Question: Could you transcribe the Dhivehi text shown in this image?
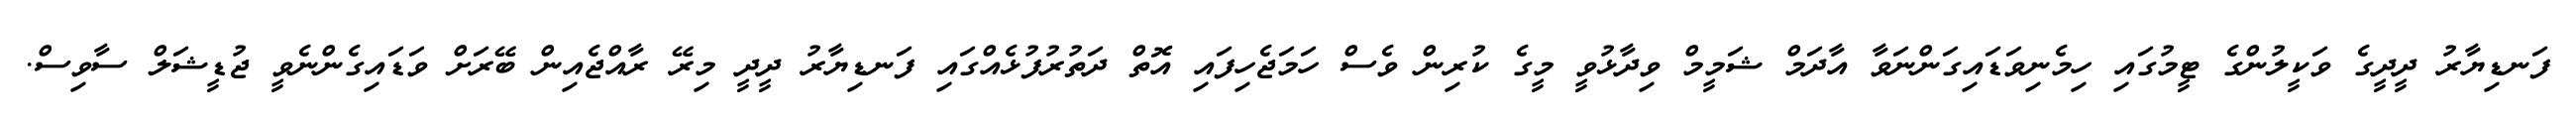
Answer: ފަނޑިޔާރު ދީދީގެ ވަކީލުންގެ ޓީމުގައި ހިމެނިވަޑައިގަންނަވާ އާދަމް ޝަމީމް ވިދާޅުވީ މީގެ ކުރިން ވެސް ހަމަޖެހިފައި އޮތް ދަތުރުފުޅެއްގައި ފަނޑިޔާރު ދީދީ މިރޭ ރާއްޖެއިން ބޭރަށް ވަޑައިގެންނެވީ ޖުޑީޝަލް ސާވިސް.